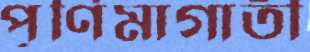
পূর্ণিমাগাতী